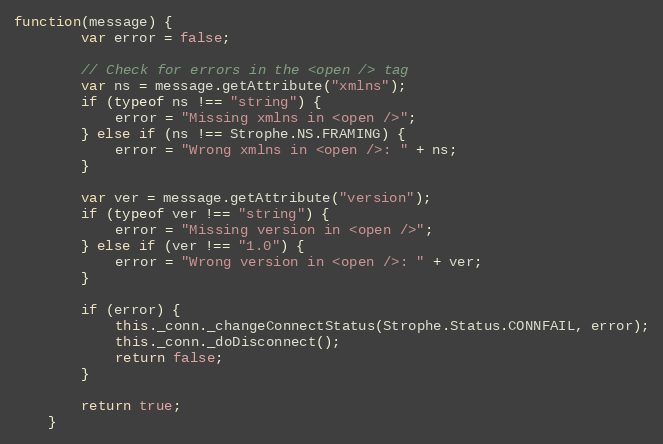
Language: JavaScript
function(message) {
        var error = false;

        // Check for errors in the <open /> tag
        var ns = message.getAttribute("xmlns");
        if (typeof ns !== "string") {
            error = "Missing xmlns in <open />";
        } else if (ns !== Strophe.NS.FRAMING) {
            error = "Wrong xmlns in <open />: " + ns;
        }

        var ver = message.getAttribute("version");
        if (typeof ver !== "string") {
            error = "Missing version in <open />";
        } else if (ver !== "1.0") {
            error = "Wrong version in <open />: " + ver;
        }

        if (error) {
            this._conn._changeConnectStatus(Strophe.Status.CONNFAIL, error);
            this._conn._doDisconnect();
            return false;
        }

        return true;
    }